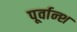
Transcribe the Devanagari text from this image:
पूर्वान्श